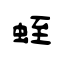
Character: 蛭